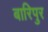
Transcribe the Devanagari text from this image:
बारिपुर